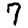
Digit: 7